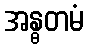
အန္ဓတမံ